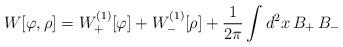
LaTeX: \begin{align*}W[\varphi,\rho]= W_+^{(1)}[\varphi] + W_-^{(1)}[\rho] + {1\over{2\pi}} \int d^2x \, B_+ \,B_-\end{align*}